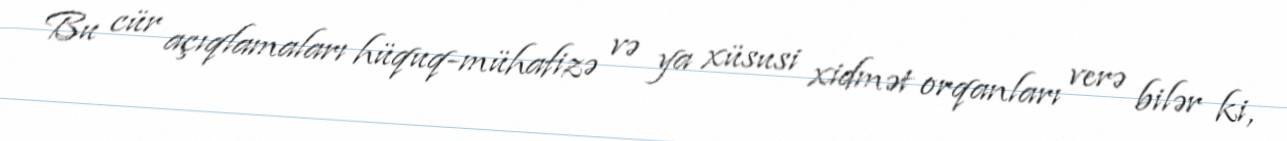
Bu cür açıqlamaları hüquq-mühafizə və ya xüsusi xidmət orqanları verə bilər ki,